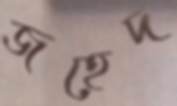
জহেদ